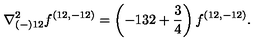
{ \nabla _ { ( - ) 1 2 } ^ { 2 } f ^ { ( 1 2 , - 1 2 ) } = \left( - 1 3 2 + { \frac { 3 } { 4 } } \right) f ^ { ( 1 2 , - 1 2 ) } . }